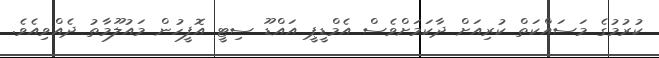
ކުރުމުގެ މަސައްކަތް ކުރިއަށް ދާކަމަށްވެސް އެމްޑީޕީ އައްޑޫ ސިޓީ އޮފީހުން މައުލޫމާތު ދެއްވިއެވެ.